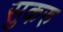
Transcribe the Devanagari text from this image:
सुकरु